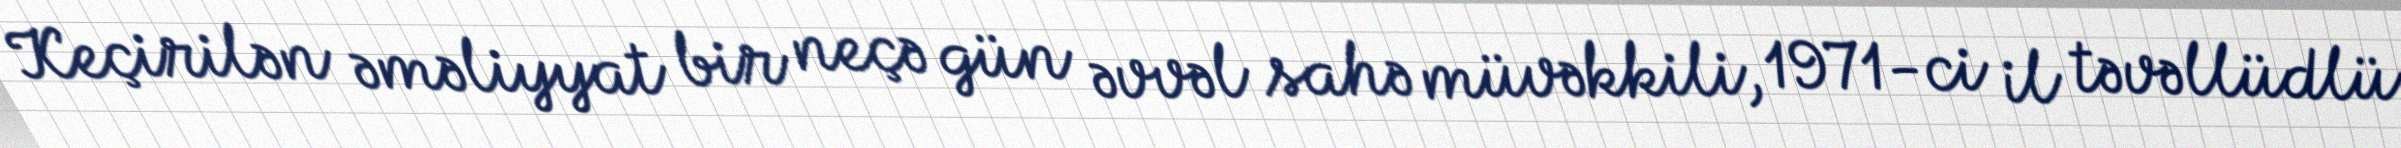
Keçirilən əməliyyat bir neçə gün əvvəl sahə müvəkkili, 1971-ci il təvəllüdlü